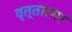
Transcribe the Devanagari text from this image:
वृत्तालार